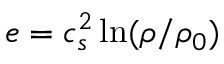
e = c _ { s } ^ { 2 } \ln ( \rho / \rho _ { 0 } )